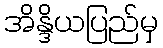
အိန္ဒိယပြည်မှ